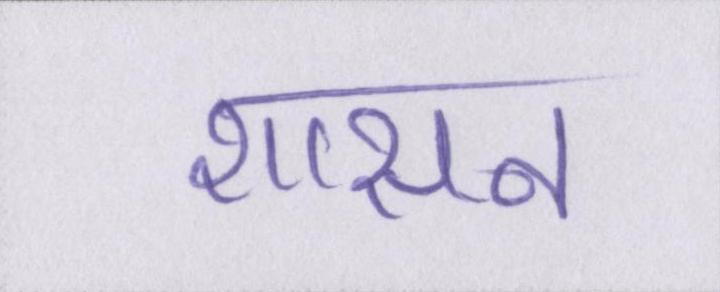
शासन